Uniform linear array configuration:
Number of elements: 8
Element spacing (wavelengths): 0.25
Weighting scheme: hamming
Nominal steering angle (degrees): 60
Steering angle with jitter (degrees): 60.289
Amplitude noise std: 0.05
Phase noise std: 0.05

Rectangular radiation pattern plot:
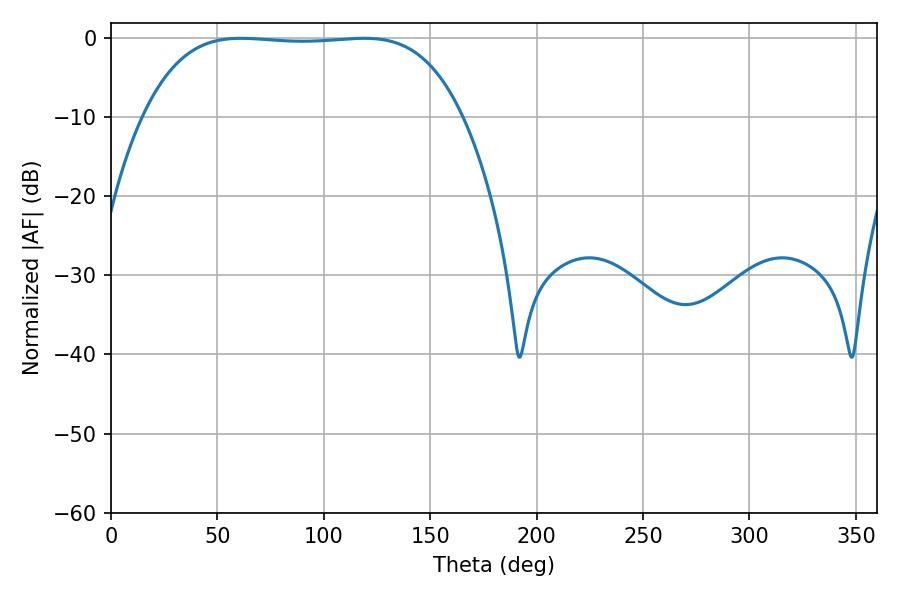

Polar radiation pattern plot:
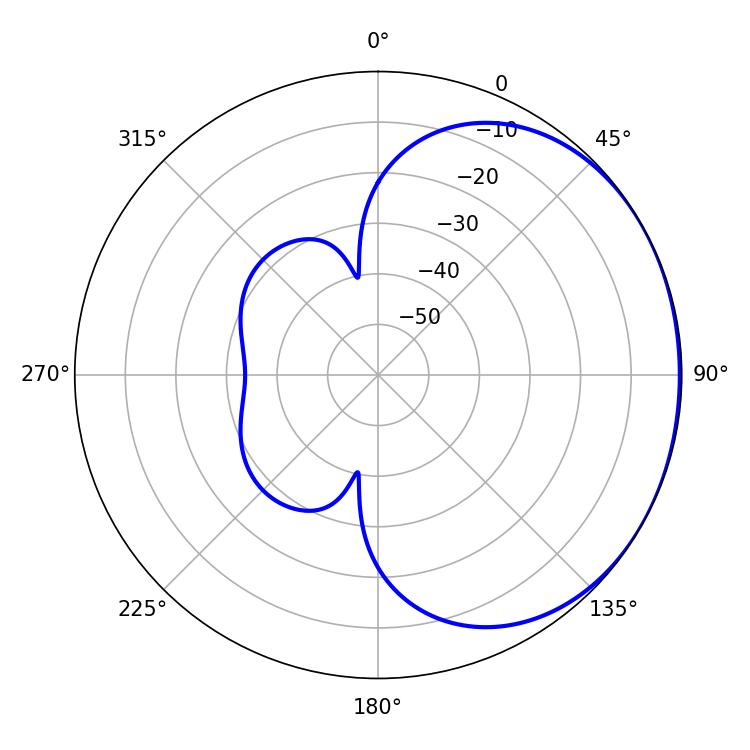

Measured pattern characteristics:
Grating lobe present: FALSE
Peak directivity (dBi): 0.9008
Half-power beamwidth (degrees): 116.64
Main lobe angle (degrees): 61.02